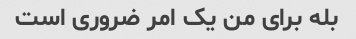
بله برای من یک امر ضروری است